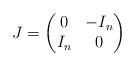
LaTeX: \begin{align*}J=\begin{pmatrix}0&-I_n\\I_n&0\end{pmatrix}\end{align*}